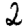
Digit: 2